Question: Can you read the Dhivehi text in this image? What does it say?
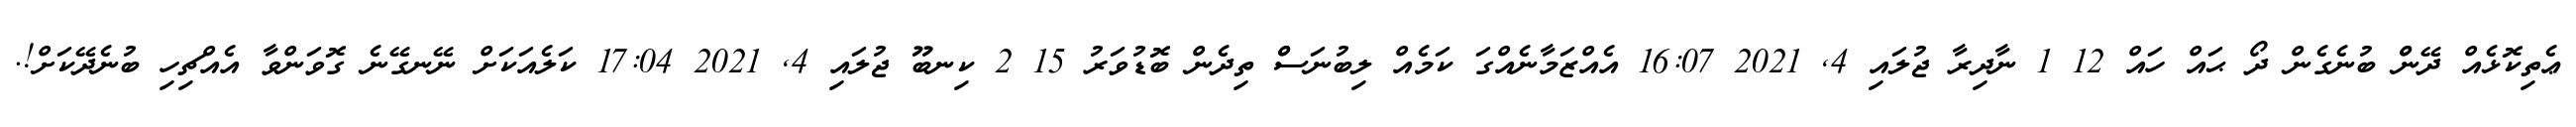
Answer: ޢެތިކޮޅެއް ދޭންް ބުނެގެން ދޯ ޙައް ހައް 12 1 ނާދިރާ ޖުލައި 4, 2021 16:07 އެއްޒަމާނެއްގަ ކަމެއް ލިބުނަސްް ތިދެން ބޮޑުވަރު 15 2 ކިނބޫ ޖުލައި 4, 2021 17:04 ކަލެއަކަށް ނޭނގޭނެ ގޮވަންވާ އެއްޗިހި ބުނެދޭކަށް!.